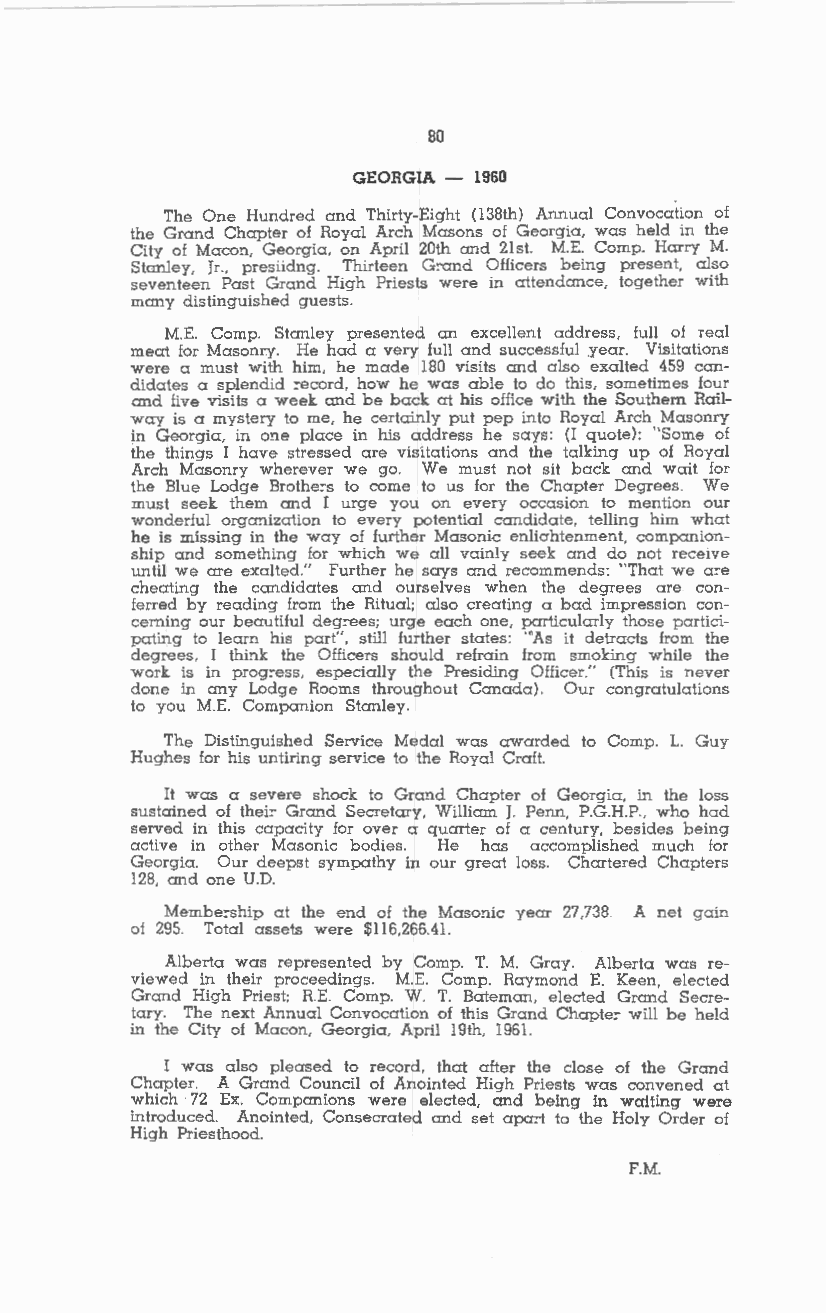
80
 GEORGIA - 1960
 The One Hundred and Thirty-Eight (138th) Annual Convocation of
 the Grand Chapter of Royal Arch Masons of Georgia, was held in the
 City of Macon, Georgia, on April 20th and 21st. M.E. Comp. Harry M.
 Stanley, Jr.. presiidng. Thirteen G:-and Officers being present, also
 seventeen Past Grand High Priests were in attendance, together with
 many distinguished guests.
 M.E. Comp. Stanley presented an excellent address, full of real
 meat for Masonry. He had a very full and successful year. Visitations
 were a must with him, he made 180 visits and also exalted 459 can
 didates a splendid :-ecord, how he was able to do this, sometimes four
 and five visits a week and be back at his office with the Southern Rail
 way is a mystery to me, he certainly put pep into Royal Arch Masonry
 in Georgia, in one place in his address he says: (! quote): "Some of
 the things I have stressed are visitations and the talking up of Royal
 Arch Masonry wherever we go. We must not sit back and wait for
 the Blue Lodge Brothe:-s to come to us for the Chapter Degrees. We
 must seek them and I urge you on every occasion to mention our
 wonderful organization to every potential candidate, telling him what
 he is missing in the way of further Masonic enliahtenment, companion
 ship and something for which we all vainly seek and do not receive
 until we are exalted." Further he says and recommends: "That we a:-e
 cheating the candidates and ourselves when the degrees are con
 ferred by reading from the Ritual; also creating a bad impression con
 cerning our beautiful deg:-ees; urge each one, particularly those partici
 pating to learn his part", still further states: '"As it detracts from the
 degrees, I think the Officers should refrain from smoking while the
 work is in prog:-ess, especially the Presiding Officer." (This is never
 done in any Lodge Rooms throughout Canada). Our congratulations
 to you M.E. Companion Stanley.
 The Distinguished Service Medal was awarded to Comp. L. Guy
 Hughes for his untiring service to the Royal Craft.
 It was a severe shock to Grand Chapter of Georgia, in the loss
 sustained of thei:- Grand Secretary, William J. Penn, P.G.H.P .. who had
 served in this capacity for over a quarter of a century, besides being
 active in other Masonic bodies. He has accomplished much for
 Georgia. Our deeps! sympathy in our great loss. Chartered Chapters
 128, and one U.D.
 Membe:-ship at the end of the Masonic year 27,738. A net gain
 of 295. Total assets were $116,266.41.
 Alberta was represented by Comp. T. M. Gray. Alberta was re
 viewed in their proceedings. M.E. Comp. Raymond E. Keen, elected
 Grand High Priest; R.E. Comp. W. T. Bateman, elected Grand Secre
 tary. The next Annual Convocation of this Grand Chaple:- will be held
 in the City of Macon, Georgia, April 19th, 1961.
 I was also pleased to record, that after the close of the Grand
 Chapter. A Grand Council of Anointed High Priests was convened at
 which 72 Ex. Companions were elected, and being in waiting were
 introduced. Anointed, Consecrated and set apa:-t to the Holy Order of
 High Priesthood.
 F.M.